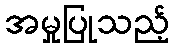
အမှုပြုသည့်